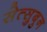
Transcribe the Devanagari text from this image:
सेत्सुबुन